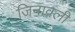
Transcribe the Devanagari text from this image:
जिनावली